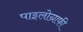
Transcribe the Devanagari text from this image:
पाइलोग्राफी